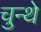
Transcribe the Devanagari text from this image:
चुन्थे